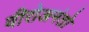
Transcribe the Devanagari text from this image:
वीरोअनंतो